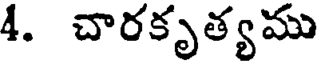
4. చారకృత్యము